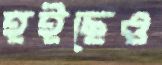
হইছেও